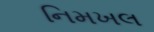
નિમખલ